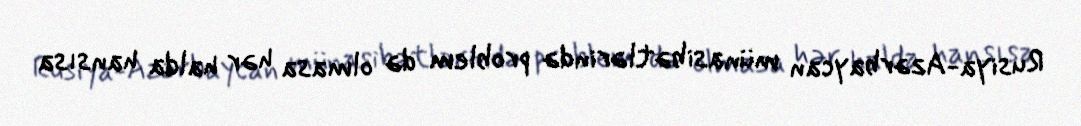
Rusiya-Azərbaycan münasibətlərində problem də olmasa hər halda hansısa